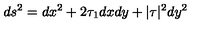
d s ^ { 2 } = d x ^ { 2 } + 2 \tau _ { 1 } d x d y + | \tau | ^ { 2 } d y ^ { 2 }